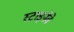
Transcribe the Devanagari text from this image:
स्टाइनेवे